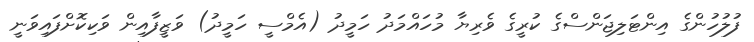
ފުލުހުންގެ އިންޓަލިޖަންސްގެ ކުރީގެ ވެރިޔާ މުހައްމަދު ހަމީދު (އެމްސީ ހަމީދު) ވަޒީފާއިން ވަކިކޮށްފައިވަނީ